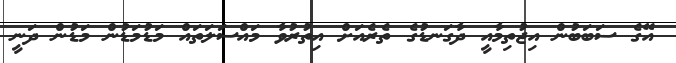
އޭގެ ސަބަބުން އިޖުތިމާއީ ދާގަނޑުގެ ތެރެއަށް އިތުރުވާ މައްސަލަތައް މަޑުމަޑުން މަޑުން ދަނީ